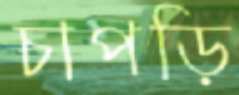
চাপড়ি